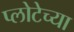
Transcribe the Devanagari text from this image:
प्लोटेच्या